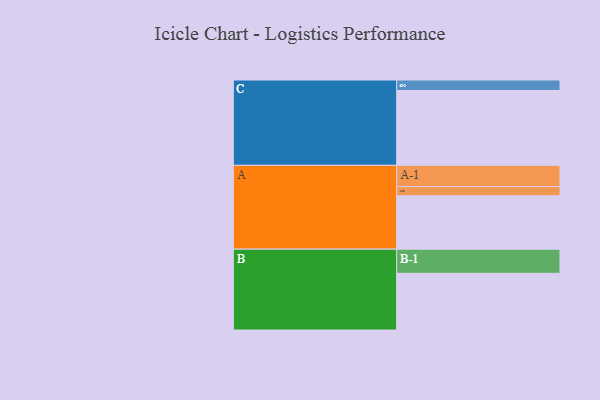
{"axis": {"x": "Segment", "y": "Value"}, "legend": ["", "A", "B", "C"], "data": [{"x": "A", "y": 356, "type": ""}, {"x": "B", "y": 378, "type": ""}, {"x": "C", "y": 499, "type": ""}, {"x": "A-1", "y": 142, "type": "A"}, {"x": "A-2", "y": 61, "type": "A"}, {"x": "B-1", "y": 161, "type": "B"}, {"x": "C-1", "y": 70, "type": "C"}]}